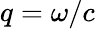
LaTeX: q=\omega/c